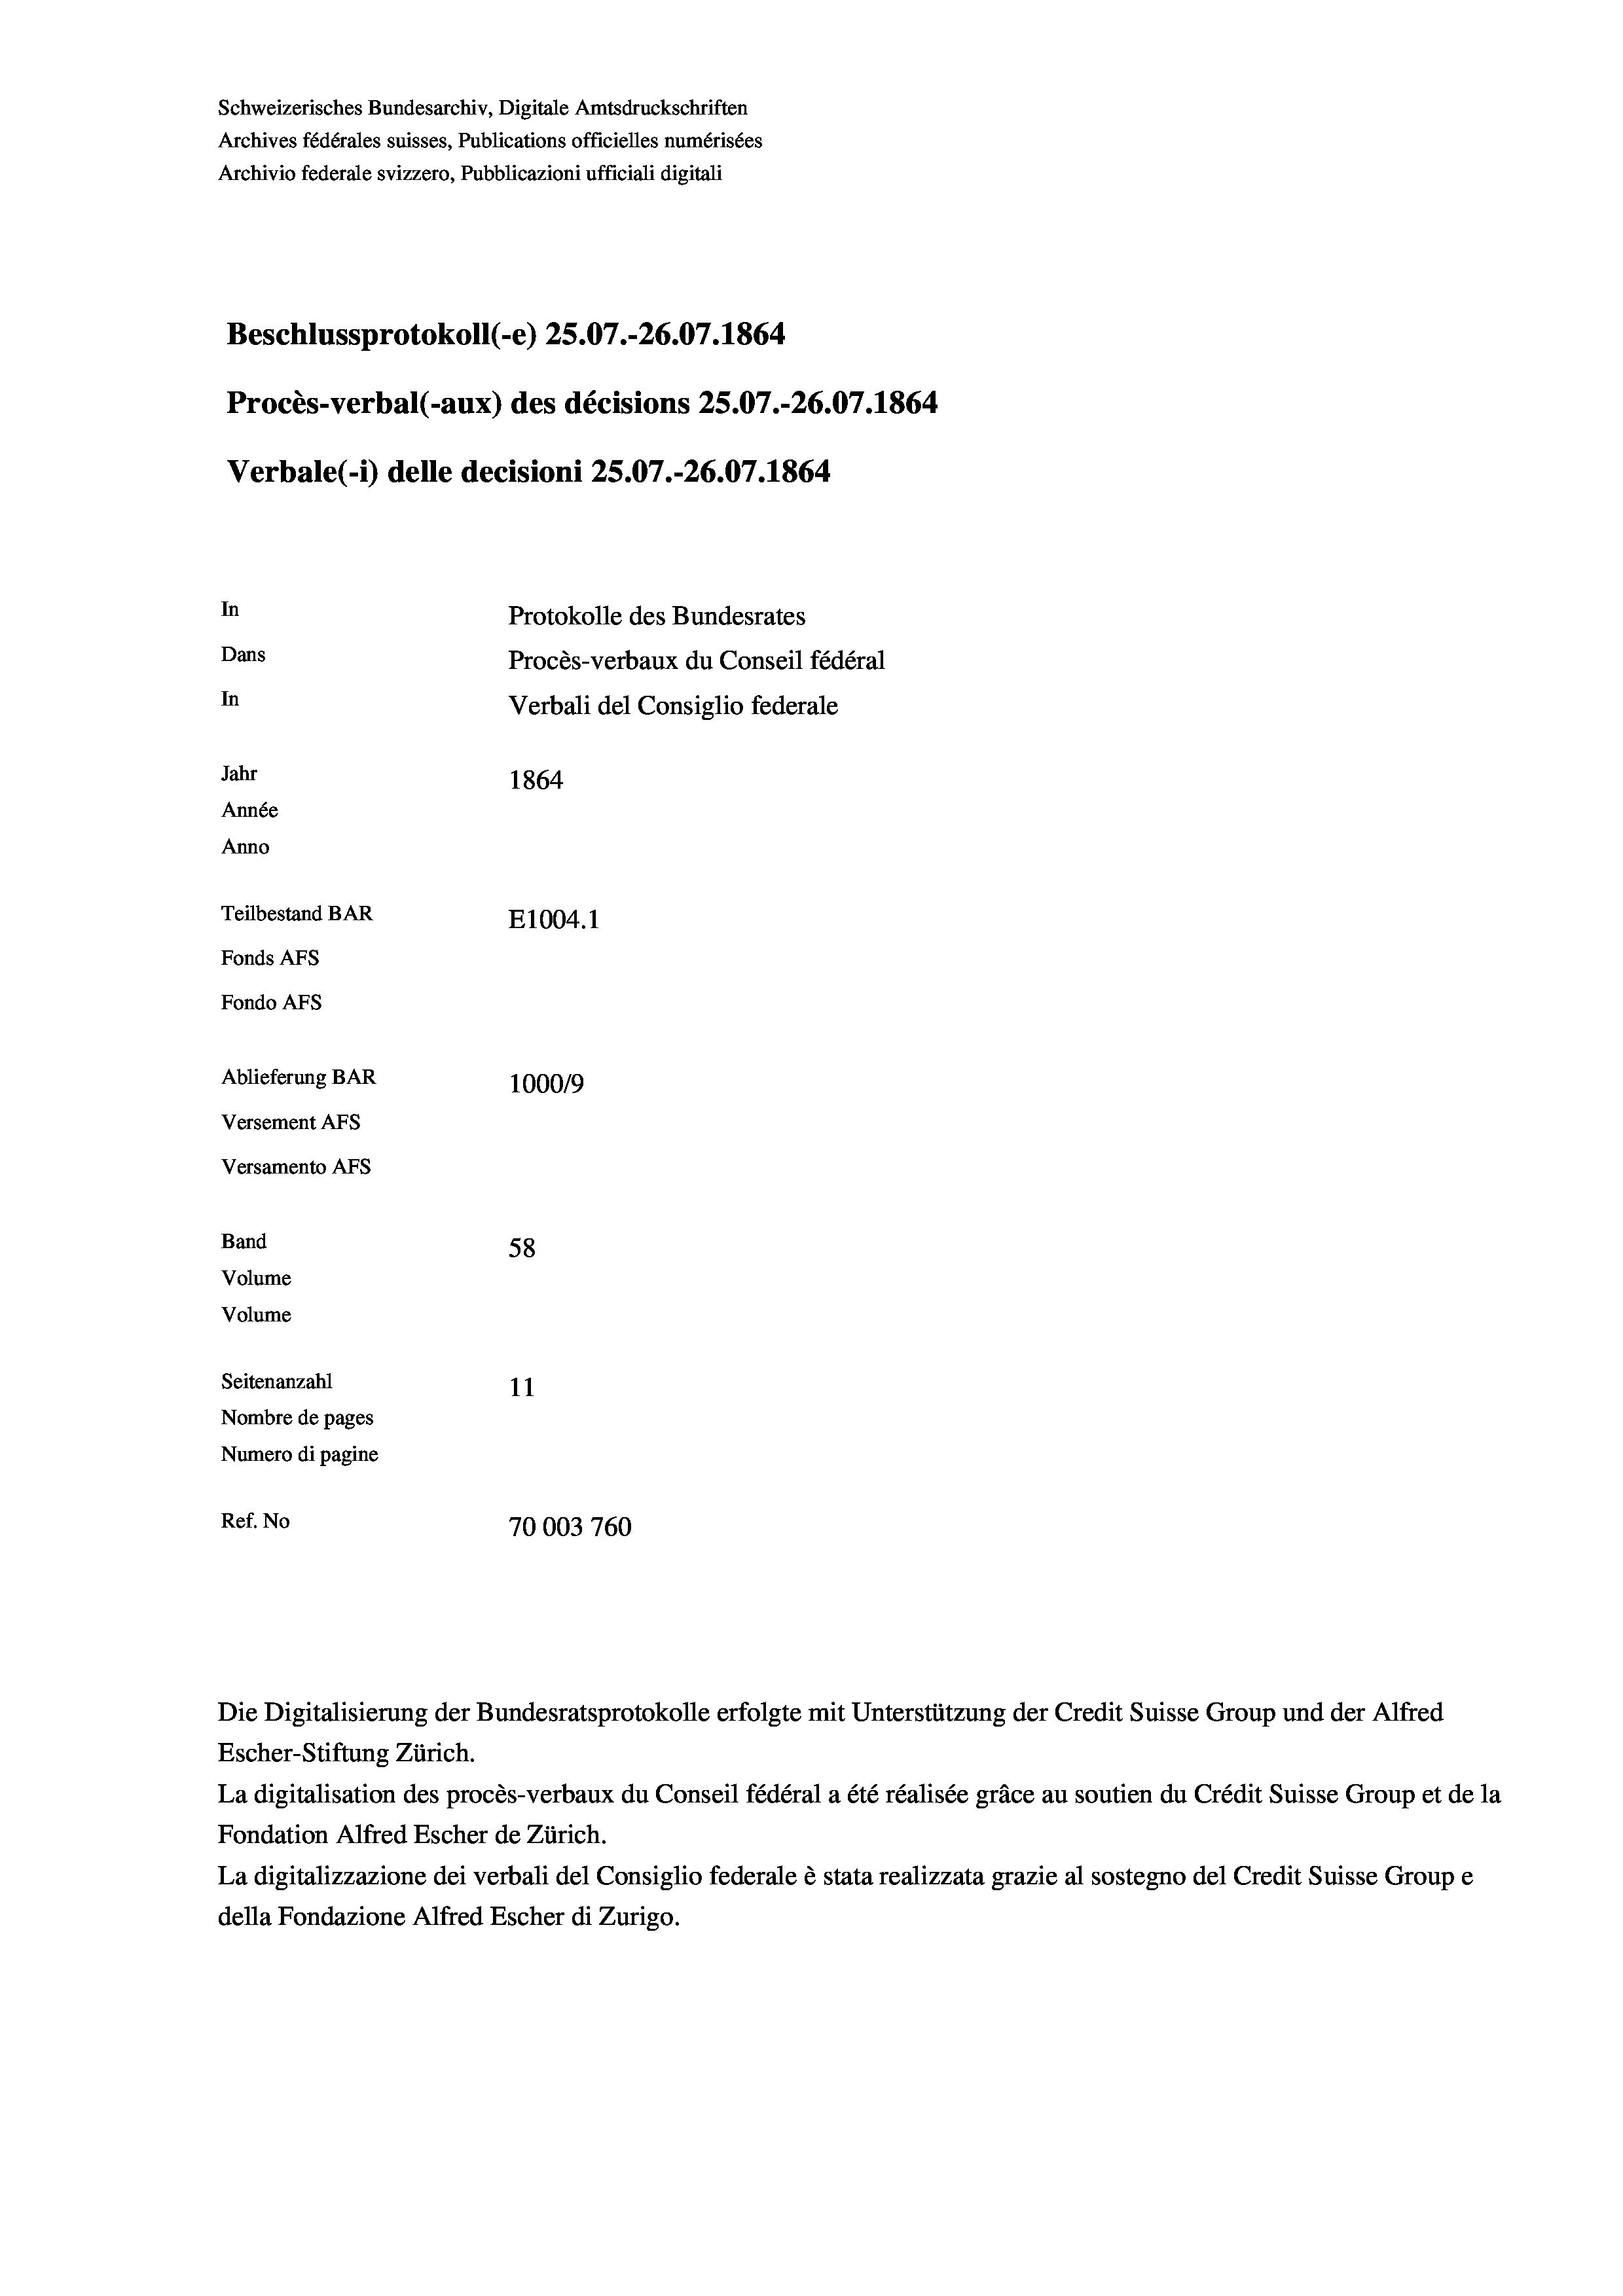
Schweizerisches Bundesarchiv, Digitale Amtsdruckschriften
Archives fédérales suisses, Publications officielles numérisées
Archivio federale svizzero, Pubblicazioni ufficiali digitali
Beschlussprotokoll (-e) 25.07.-26.07. 1864
Procès-verbal (-aux) des décisions 25.07.-26.07. 1864
Verbale (1) delle decisioni 25.07.-26.07. 1864
In
Protokolle des Bundesrates
Dans
Procès-verbaux du Conseil fédéral
In
Verbali del Consiglio federale
Jahr
1864
Année
Anno
Teilbestand BAR
E1004.1
Fonds AFs
Fondo Afs
Ablieferung BAR
100019
Versement AFs
Versamento AFs
Band
58
Volume
Volume

Seitenanzahl
11
Nombre de pages
Numero di pagine
Ref. No
70003760

Escher-Stiftung Zürich.
La digitalisation des procès-verbaux du Conseil fédéral a été réalisée gräce au soutien du Crédit Suisse Group et de la
Fondation Alfred Escher de Zürich.
La digitalizzazione dei verbali del Consiglio federale è stata realizzata grazie al sostegno del Credit Suisse Groupe
della Fondazione Alfred Escher di Zurigo.

Die Digitalisierung der Bundesratsprotokolle erfolgte mit Unterstützung der Credit Suisse Group und der Alfred